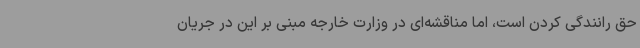
حق رانندگی کردن است، اما مناقشه‌ای در وزارت خارجه مبنی بر این در جریان